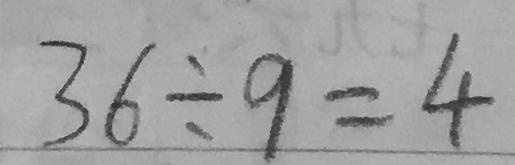
3 6 \div 9 = 4